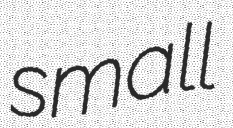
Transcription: small